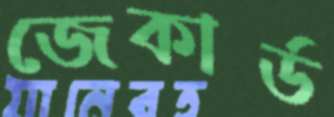
জেকার্ড